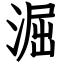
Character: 淈